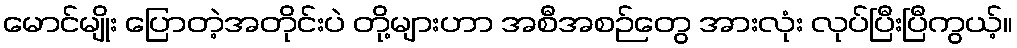
မောင်မျိုး ပြောတဲ့အတိုင်းပဲ တို့များဟာ အစီအစဉ်တွေ အားလုံး လုပ်ပြီးပြီကွယ့်။